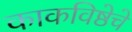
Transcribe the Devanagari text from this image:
काकविष्ठेचे